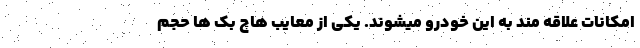
امکانات علاقه مند به این خودرو میشوند. یکی از معایب هاچ بک ها حجم